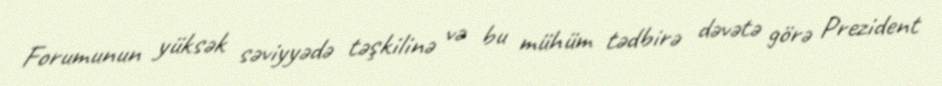
Forumunun yüksək səviyyədə təşkilinə və bu mühüm tədbirə dəvətə görə Prezident